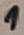
Text: 1